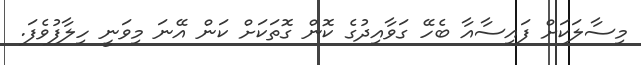
މިސާލަކަށް ފައިސާއާ ބެހޭ ގަވާއިދުގެ ކޮން ގޮތަކަށް ކަން އޭނަ މިވަނީ ހިލާފުވެފަ.